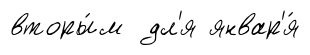
вторы́м дл'я январ'я́